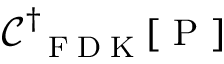
\mathcal C _ { \mathrm { ~ \tiny ~ F ~ D ~ K ~ } } ^ { \dagger } [ \mathrm { ~ P ~ } ]